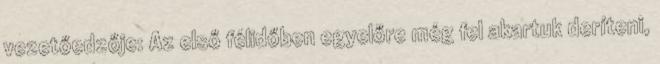
vezetőedzője: Az első félidőben egyelőre még fel akartuk deríteni,